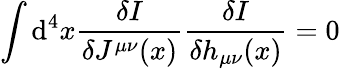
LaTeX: \int\mathrm{d}^{4}x\frac{\delta I}{\delta J^{\mu\nu}(x)}\frac{\delta I}{\delta h_{\mu\nu}(x)}=0